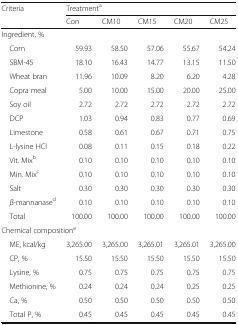
<table><thead><tr><td rowspan="2"><b>Criteria</b></td><td colspan="5"><b>Treatment<sup>a</sup></b></td></tr><tr><td><b>Con</b></td><td><b>CM10</b></td><td><b>CM15</b></td><td><b>CM20</b></td><td><b>CM25</b></td></tr></thead><tbody><tr><td colspan="6">Ingredient, %</td></tr><tr><td> Corn</td><td>59.93</td><td>58.50</td><td>57.06</td><td>55.67</td><td>54.24</td></tr><tr><td> SBM-45</td><td>18.10</td><td>16.43</td><td>14.77</td><td>13.15</td><td>11.50</td></tr><tr><td> Wheat bran</td><td>11.96</td><td>10.09</td><td>8.20</td><td>6.20</td><td>4.28</td></tr><tr><td> Copra meal</td><td>5.00</td><td>10.00</td><td>15.00</td><td>20.00</td><td>25.00</td></tr><tr><td> Soy oil</td><td>2.72</td><td>2.72</td><td>2.72</td><td>2.72</td><td>2.72</td></tr><tr><td> DCP</td><td>1.03</td><td>0.94</td><td>0.83</td><td>0.77</td><td>0.69</td></tr><tr><td> Limestone</td><td>0.58</td><td>0.61</td><td>0.67</td><td>0.71</td><td>0.75</td></tr><tr><td> L-lysine HCl</td><td>0.08</td><td>0.11</td><td>0.15</td><td>0.18</td><td>0.22</td></tr><tr><td> Vit. Mix<sup>b</sup></td><td>0.10</td><td>0.10</td><td>0.10</td><td>0.10</td><td>0.10</td></tr><tr><td> Min. Mix<sup>c</sup></td><td>0.10</td><td>0.10</td><td>0.10</td><td>0.10</td><td>0.10</td></tr><tr><td> Salt</td><td>0.30</td><td>0.30</td><td>0.30</td><td>0.30</td><td>0.30</td></tr><tr><td> <i>β</i>-mannanase<sup>d</sup></td><td>0.10</td><td>0.10</td><td>0.10</td><td>0.10</td><td>0.10</td></tr><tr><td> Total</td><td>100.00</td><td>100.00</td><td>100.00</td><td>100.00</td><td>100.00</td></tr><tr><td colspan="6">Chemical composition<sup>e</sup></td></tr><tr><td> ME, kcal/kg</td><td>3,265.00</td><td>3,265.00</td><td>3,265.01</td><td>3,265.01</td><td>3,265.00</td></tr><tr><td> CP, %</td><td>15.50</td><td>15.50</td><td>15.50</td><td>15.50</td><td>15.50</td></tr><tr><td> Lysine, %</td><td>0.75</td><td>0.75</td><td>0.75</td><td>0.75</td><td>0.75</td></tr><tr><td> Methionine, %</td><td>0.24</td><td>0.24</td><td>0.24</td><td>0.25</td><td>0.25</td></tr><tr><td> Ca, %</td><td>0.50</td><td>0.50</td><td>0.50</td><td>0.50</td><td>0.50</td></tr><tr><td> Total P, %</td><td>0.45</td><td>0.45</td><td>0.45</td><td>0.45</td><td>0.45</td></tr></tbody></table>